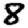
Digit: 8